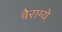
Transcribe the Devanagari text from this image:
वैराग्ये